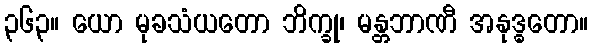
၃၆၃။ ယော မုခသံယတော ဘိက္ခု၊ မန္တဘာဏီ အနုဒ္ဓတော။